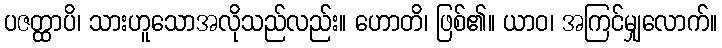
ပဇတ္ထာပိ၊ သားဟူသောအလိုသည်လည်း။ ဟောတိ၊ ဖြစ်၏။ ယာဝ၊ အကြင်မျှလောက်။